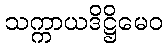
သက္ကာယဒိဋ္ဌိမေဝ